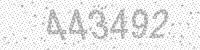
Solution: 443492